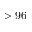
> 9 6